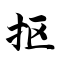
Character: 抠